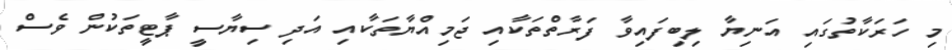
މި ހަރަކާތުގައި އަނިޔާ ލިބިފައިވާ ފަރާތްތަކާއި ޖަމިއްޔާތަކާއި އަދި ސިޔާސީ ޕާޓީތަކުން ވެސް